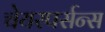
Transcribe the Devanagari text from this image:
चेयरपर्सन्स